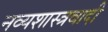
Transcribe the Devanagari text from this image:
नव्यशास्त्रवादी